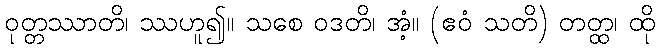
ဝုတ္တဿာတိ၊ ဿဟူ၍။ သစေ ဝဒတိ၊ အံ့။ (ဧဝံ သတိ) တတ္ထ၊ ထို